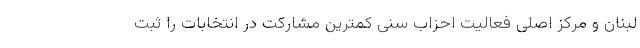
لبنان و مرکز اصلی فعالیت احزاب سنی کمترین مشارکت در انتخابات را ثبت